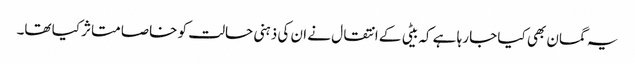
یہ گمان بھی کیا جا رہا ہے کہ بیٹی کے انتقال نے ان کی ذہنی حالت کو خاصا متاثر کیا تھا۔